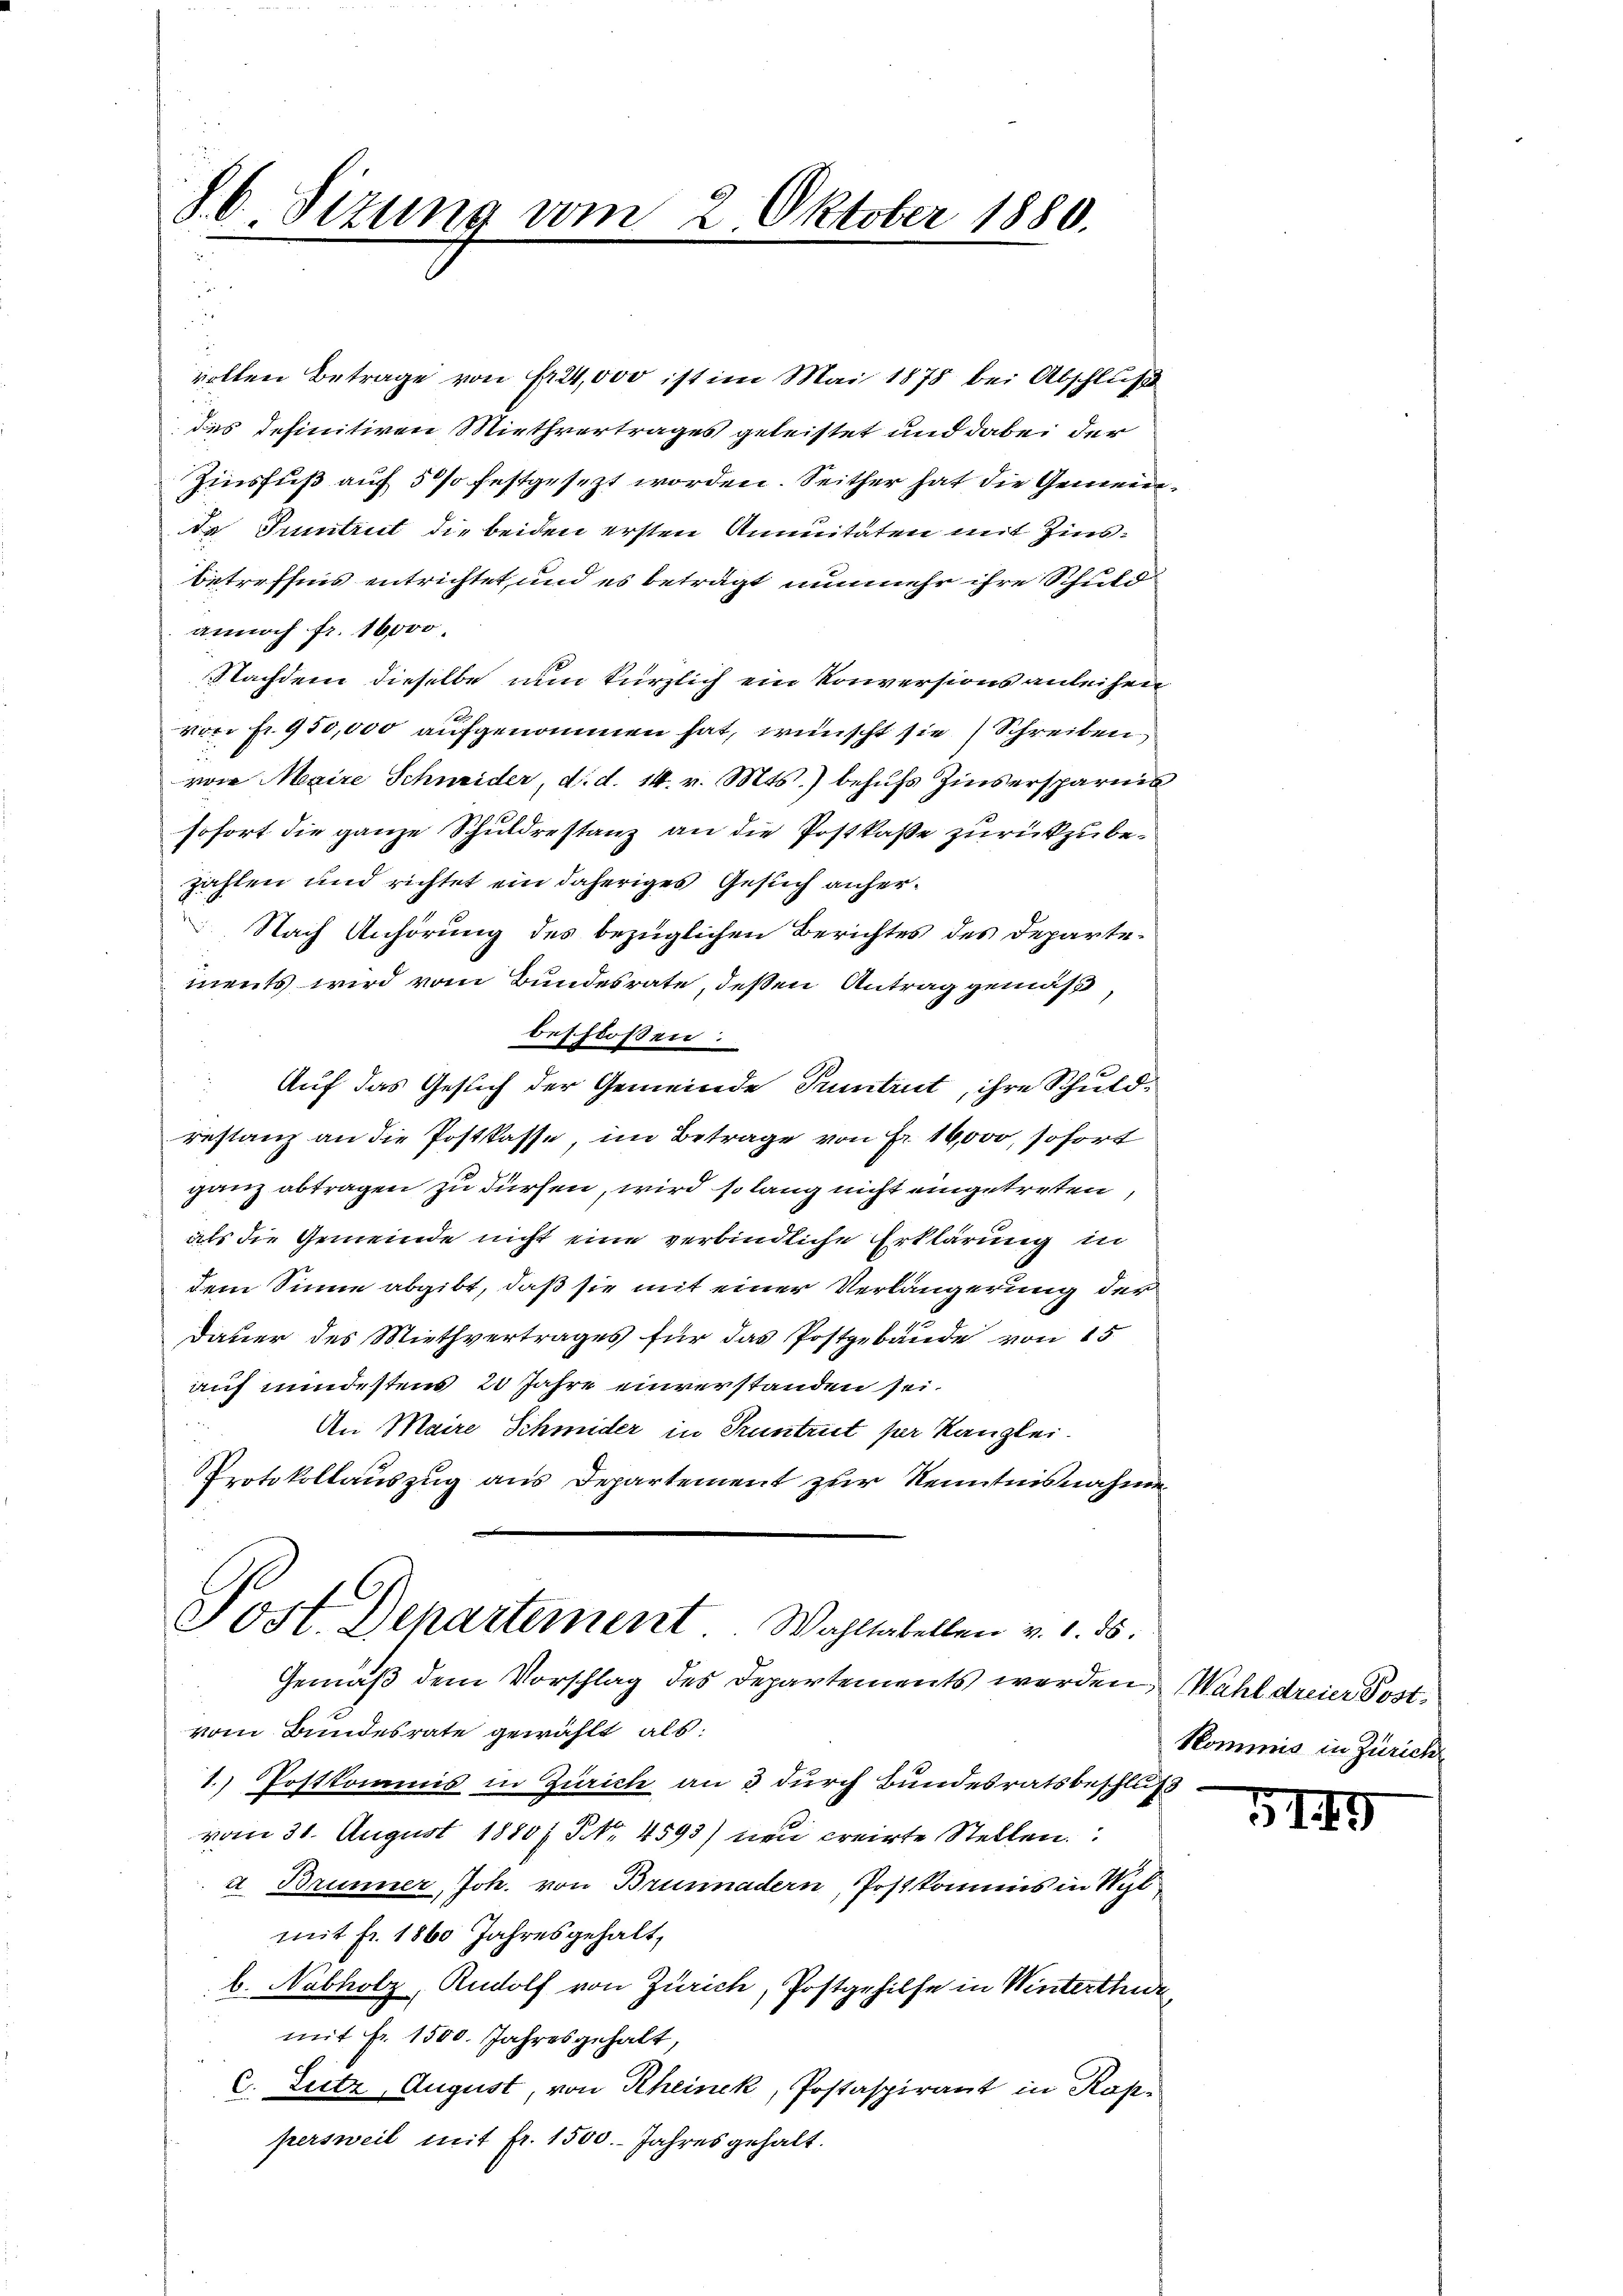
86. Sitzung vom 2. Oktober 1880.

volten Betrage von Fr. 24,000 ist im Mai 1878 bei Abschluß
des definitiven Miethvertrages geleistet und dabei der
Zinsfuß auf 5 % festgesezt worden. Seither hat die Gemeinda Suntrut die beiden ersten Annuitäten mit Zinsbetreffnis entrichtet und es beträgt nunmehr ihre Schuld
annoch fr. 16000.
Nachdem dieselbe nun kürzlich ein Konversions anleihen
v. fr. 950,000 aufgenommen hat, wünscht sie Schreiben
von Maire Schneider, d. d. 14. v. Mts. behufs Zinsersparnis
sofort die ganze Schuldrestanz an die Postkaße zurückzubezahlen und richtet ein daheriges Gesuch anher¬
 Nach Anhörung des bezüglichen Berichtes des Departements wird vom Bundesrate, deßen Antrag gemäß,
beschlossen:
Auf das Gesuch der Gemeinde Tuntrut, ihre Schuld-
restanz an die Postkasse, im Betrage von Fr. 16,000, sofort
ganz abtragen zu dürfen, wird so lang nicht eingetreten,
als die Gemeinde nicht eine verbindliche Erklärung in
dem Sinne abgibt, daß sie mit einer Verlängerung der
Dauer des Miethvertrages für das Postgebäude von 15
auf mindestens 20 Jahre einverstanden sei.
An Maire Schmider in Truntrut per Kanzlei.
Protokollauszug aus Departement zur Kenntnisnahmen

Post Departement Wahltabellen v. 1. ds.

Gemäß dem Vorschlag des Departements werden, Wahl dreier Postvom Bundesrate gewählt als:
1.) Postkommis in Zürich an 3 durch Bundesratsbeschluß
vom 31. August 1880/ NNo. 4593) dei creirte Stellen.
a Brunner, Joh. von Brunnadern, Postkommis in Wyl
mit fr. 1860 Jahresgehalt,
b. Nabholz, Rudolf von Zürich, Postgehilfe in Winterthude
mit fr. 1500. Jahresgehalt,
C. Zeitz, August, von Rheinek, Postaspirant in Kappersweil mit fr. 1500. Jahres gehalt.

Kommis in Zürich

5149